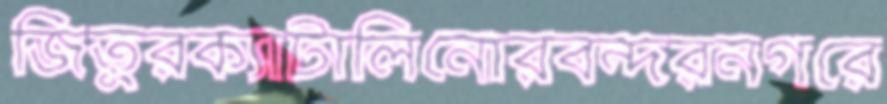
জিতুরক্যাটালিনোরবন্দরনগরে